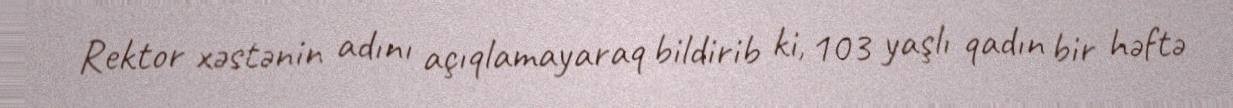
Rektor xəstənin adını açıqlamayaraq bildirib ki, 103 yaşlı qadın bir həftə